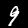
Label: 9